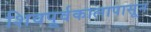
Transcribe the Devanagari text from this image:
शिवपूर्वकालापासून